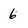
Character: 6